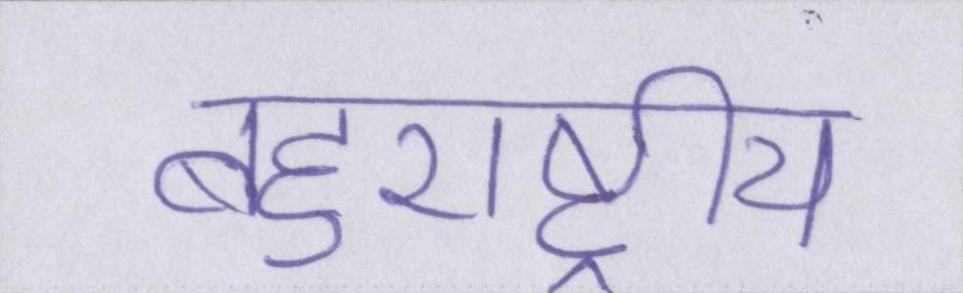
बहुराष्ट्रीय